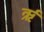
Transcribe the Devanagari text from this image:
र्ऋ